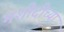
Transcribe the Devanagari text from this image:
मशीदीच्या